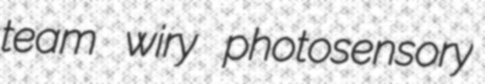
team wiry photosensory